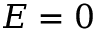
E = 0